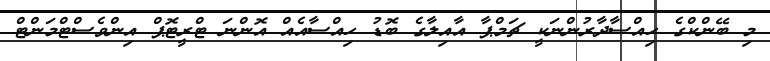
މި ބޭންކްގެ ހިއްސާދާރުންނަކީ ޗަމްޕާ އާއިލާގެ ބޮޑު ހިއްސާއެއް އޮންނަ ޓްރީޓޮޕް އިންވެސްޓްމަންޓް